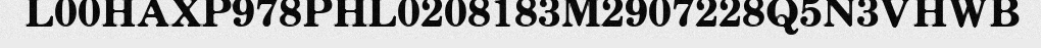
L00HAXP978PHL0208183M2907228Q5N3VHWB